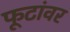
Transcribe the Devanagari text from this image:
फूटांवर